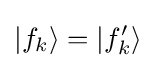
|f_{k}\rangle =|f_{k}'\rangle \